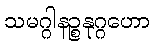
သမဂ္ဂါနဉ္စနုဂ္ဂဟော